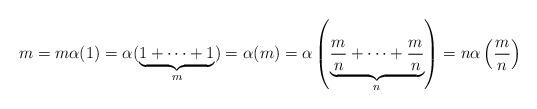
LaTeX: \begin{align*}m = m\alpha(1) = \alpha(\underbrace{1 + \cdots + 1 }_{m }) = \alpha(m) = \alpha \left( \underbrace{\frac{m}{n} + \cdots + \frac{m}{n} }_{n } \right) = n \alpha \left( \frac{m}{n} \right)\end{align*}